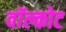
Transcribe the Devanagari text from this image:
वॉल्कोट